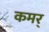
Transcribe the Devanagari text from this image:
कमर्